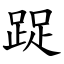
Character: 踀